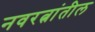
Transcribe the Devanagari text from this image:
नवरत्नांतील